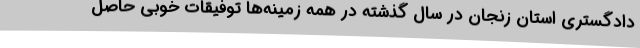
دادگستری استان زنجان در سال گذشته در همه زمینه‌ها توفیقات خوبی حاصل